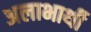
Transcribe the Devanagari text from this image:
अलाभार्थी